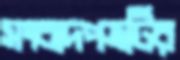
সংবাদপত্রটির